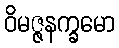
ဝိမဇ္ဇနက္ခမော